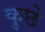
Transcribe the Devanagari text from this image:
कुछे